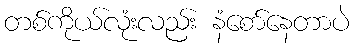
တစ်ကိုယ်လုံးလည်း နံစော်နေတာပဲ